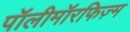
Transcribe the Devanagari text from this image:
पॉलीमॉरफिज़्म